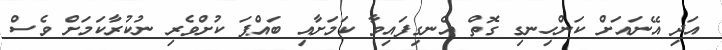
އަދި އޭނައަށް ކަންހިނގި ގޮތް އެނގިފައިވާ ކަމަށާއި ބައްޕަ ކުށްވެރި ނުކުރާކަމަށް ވެސް